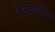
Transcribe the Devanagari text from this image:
वैजयन्तिचा